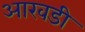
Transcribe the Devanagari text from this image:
आखडी